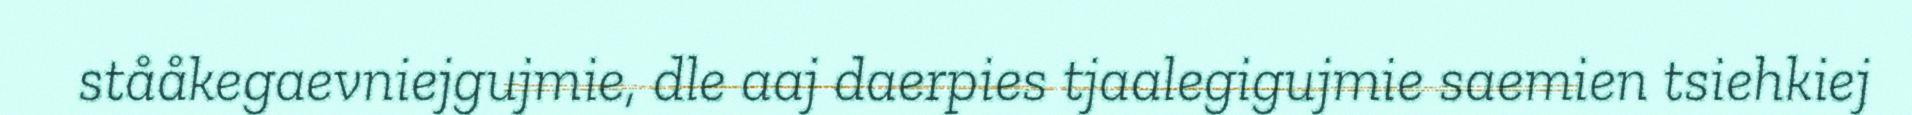
stååkegaevniejgujmie, dle aaj daerpies tjaalegigujmie saemien tsiehkiej